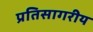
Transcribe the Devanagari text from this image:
प्रतिसागरीय